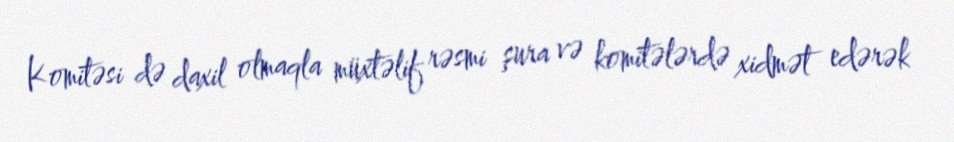
Komitəsi də daxil olmaqla müxtəlif rəsmi şura və komitələrdə xidmət edərək